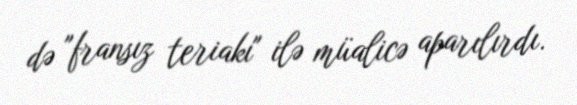
də "fransız teriakı" ilə müalicə aparılırdı.